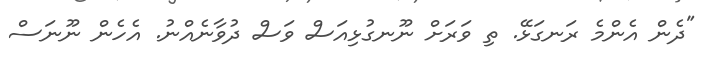
"ދެން އެންމެ ރަނގަޅޭ. ތި ވަރަށް ނޫނގުޅިއަސް ވަސް ދުވާނެއްނު. އެހެން ނޫނަސް